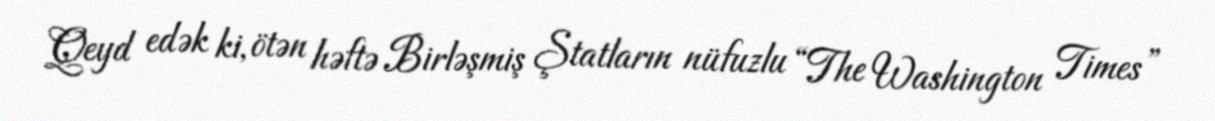
Qeyd edək ki, ötən həftə Birləşmiş Ştatların nüfuzlu “The Washington Times”